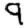
Digit: 9